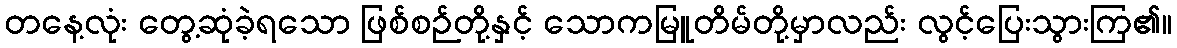
တနေ့လုံး တွေ့ဆုံခဲ့ရသော ဖြစ်စဉ်တို့နှင့် သောကမြူတိမ်တို့မှာလည်း လွင့်ပြေးသွားကြ၏။